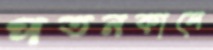
পতনকালে